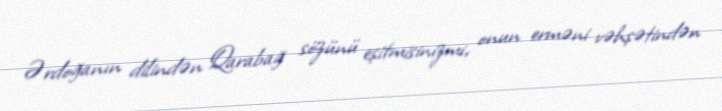
Ərdoğanın dilindən Qarabağ sözünü eşitmisinizmi, onun erməni vəhşətindən